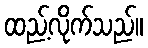
ထည့်လိုက်သည်။